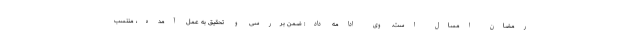
رمضان امسال است. وی ادامه داد: ضمن بررسی و تحقیق به عمل آمده، منتسب